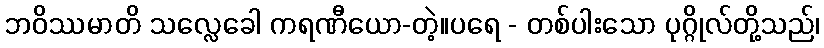
ဘဝိဿမာတိ သလ္လေခေါ ကရဏီယော-တဲ့။ပရေ - တစ်ပါးသော ပုဂ္ဂိုလ်တို့သည်၊